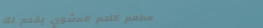
مطعم اللحم المشوي يقدم لك